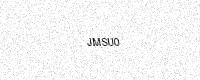
Text: JMSU0